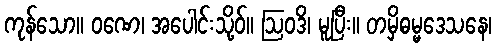
ကုန်သော။ ဝဏေ၊ အပေါင်းသို့ဝ်။ ဩဝဒိ၊ မူပြီး။ တမှိဓမ္မဒေသနေ၊